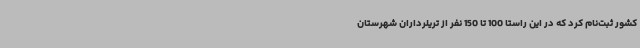
کشور ثبت‌نام کرد که در این راستا 100 تا 150 نفر از تریلرداران شهرستان